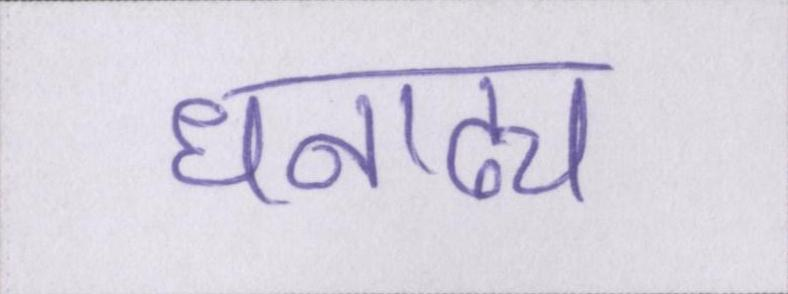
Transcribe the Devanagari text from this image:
धनाढ्य